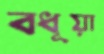
বধূয়া